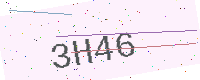
Text: 3H46